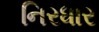
નિરધાર